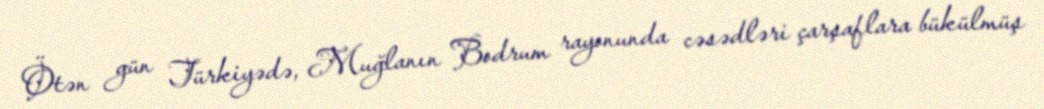
Ötən gün Türkiyədə, Muğlanın Bodrum rayonunda cəsədləri çarşaflara bükülmüş